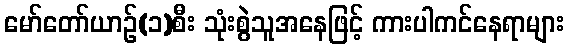
မော်တော်ယာဉ်(၁)စီး သုံးစွဲသူအနေဖြင့် ကားပါကင်နေရာများ